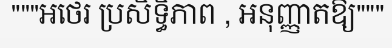
"""អថេរ ប្រសិទ្ធិភាព , អនុញ្ញាតឱ្យ"""